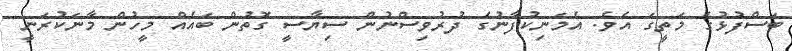
ބަސްފުޅުގެ މަތީގަ އެވެ. އެމަނިކުފާނުގެ ދުރުވިސްނުން ސިޔާސީ ގޮތުން ބައެއް މީހުން މާނަކުރަނީ